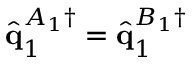
\hat { \mathbf { q } } _ { 1 } ^ { A _ { 1 } \dagger } = \hat { \mathbf { q } } _ { 1 } ^ { B _ { 1 } \dagger }